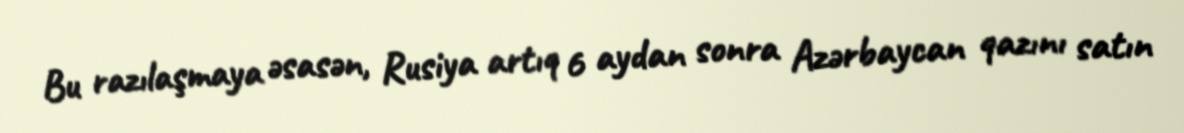
Bu razılaşmaya əsasən, Rusiya artıq 6 aydan sonra Azərbaycan qazını satın